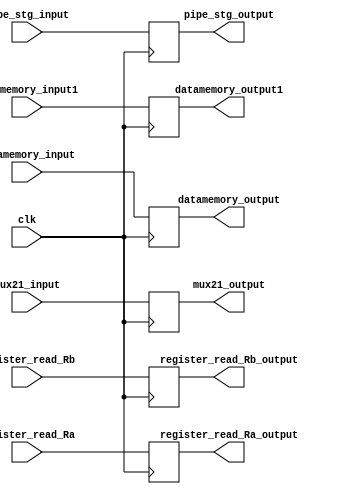
module DM_WB_reg( 
   input wire clk,
   input wire [7:0] datamemory_input,
	input wire [7:0] datamemory_input1,
	input wire [7:0] mux21_input,
	input wire [3:0] pipe_stg_input,
	input wire [1:0] register_read_Ra,
  	input wire [1:0] register_read_Rb,
	output reg [7:0] datamemory_output,
	output reg [7:0] datamemory_output1,
   output reg [3:0] pipe_stg_output,
	output reg [7:0] mux21_output,   
	output reg [1:0] register_read_Ra_output,
  	output reg [1:0] register_read_Rb_output);
	
always @ (posedge clk)
begin
datamemory_output [7:0] <= datamemory_input [7:0];
datamemory_output1 [7:0] <= datamemory_input1 [7:0];
mux21_output [7:0] <= mux21_input [7:0];
pipe_stg_output [3:0] <= pipe_stg_input[3:0];
register_read_Ra_output [1:0] <= register_read_Ra [1:0];
register_read_Rb_output [1:0] <= register_read_Rb [1:0];
end
endmodule